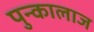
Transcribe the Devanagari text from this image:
पुन्कालाज